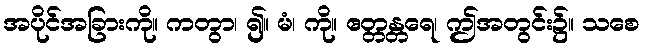
အပိုင်အခြားကို။ ကတွာ၊ ၍။ မံ၊ ကို။ ဧတ္တန္တရေ၊ ဤအတွင်း၌။ သစေ